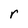
Character: r